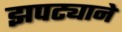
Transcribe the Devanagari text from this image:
झपट्याने